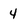
Character: 4